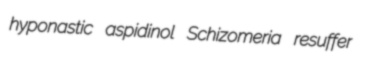
hyponastic aspidinol Schizomeria resuffer